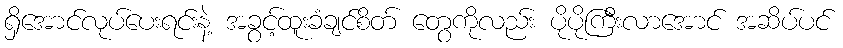
ရှိအောင်လုပ်ပေးရင်းနဲ့ အခွင့်ထူးခံချင်စိတ် တွေကိုလည်း ပိုပိုကြီးလာအောင် အဆိပ်ပင်